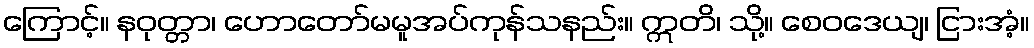
ကြောင့်။ နဝုတ္တာ၊ ဟောတော်မမူအပ်ကုန်သနည်း။ ဣတိ၊ သို့။ စေဝဒေယျ၊ ငြားအံ့။